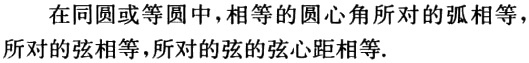
在同圆或等圆中，相等的圆心角所对的弧相等，所对的弦相等，所对的弦的弦心距相等.